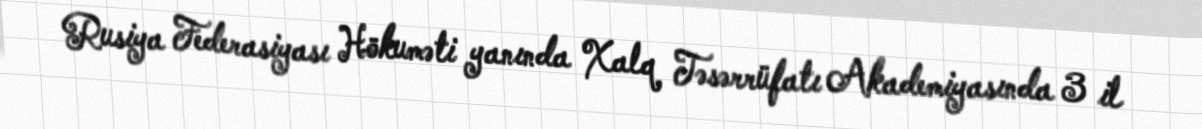
Rusiya Federasiyası Hökuməti yanında Xalq Təsərrüfatı Akademiyasında 3 il